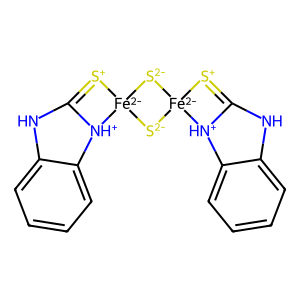
SMILES: c1ccc2c(c1)NC1=[S+][Fe-2]3([S-2][Fe-2]4([S+]=C5Nc6ccccc6[NH+]54)[S-2]3)[NH+]12
Inhibits HIV replication: No